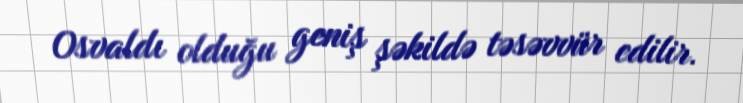
Osvaldı olduğu geniş şəkildə təsəvvür edilir.